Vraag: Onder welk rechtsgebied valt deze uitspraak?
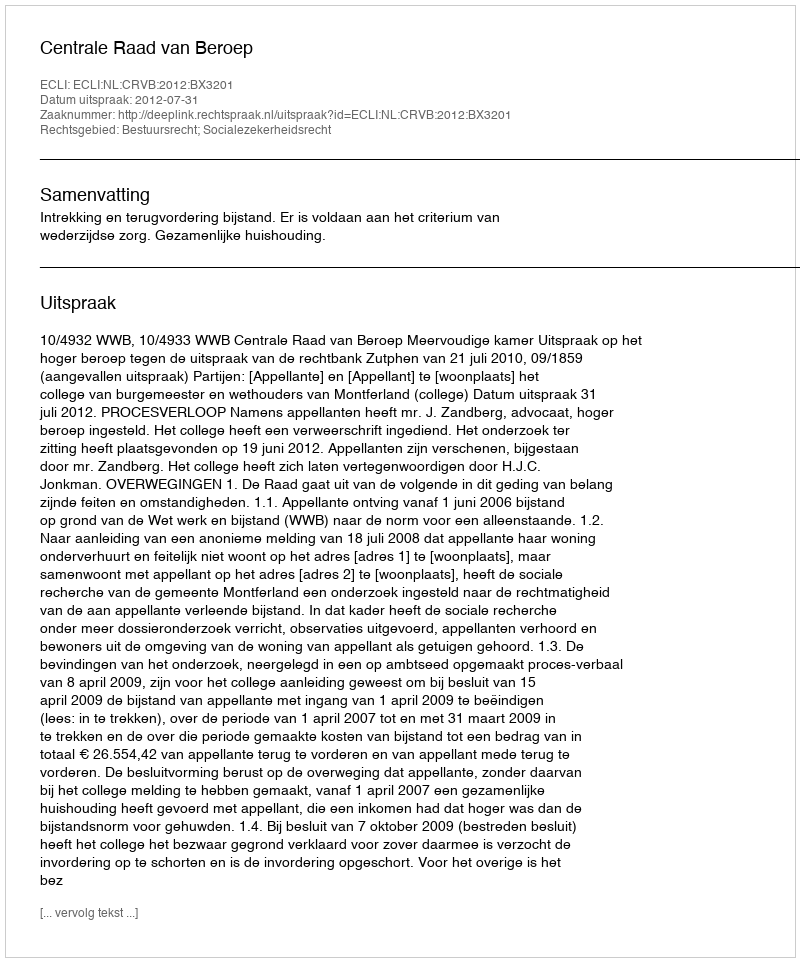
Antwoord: Bestuursrecht; Socialezekerheidsrecht